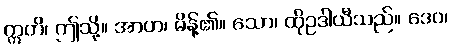
ဣတိ၊ ဤသို့။ အာဟ၊ မိန့်၏။ သော၊ ထိုဥဒါယီသည်။ ဒေဝ၊